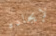
لإيجاده